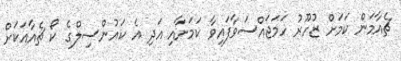
ޗެއާމަން ކަމަށް ޒުހޫރު ހަމަޖައްސަވާފައިވާ ކަމަށާއި އަދި އެ ކައުންސިލްގެ ކޯ ޗެއާއަކަށް